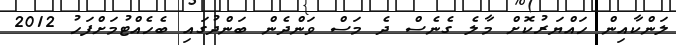
ލަންކާއިން ހައްޔަރުކޮށް މާލެ ގެނެސް ދެ މަސް ވަންދެން ބަންދުގައި ބެހެއްޓުމަށްފަހު 2012